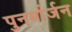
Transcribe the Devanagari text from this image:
पुनर्मार्जन